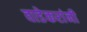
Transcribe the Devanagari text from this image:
वाडेकरांनी